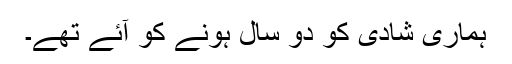
ہماری شادی کو دو سال ہونے کو آئے تھے۔